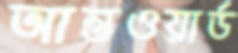
আন্তওয়ার্ড